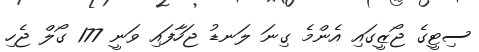
ސިޓީގެ ޖޯޒީގައި އެންމެ ގިނަ ލަނޑު ޖަހާފައި ވަނީ 177 ގޯލް ޖެހި